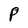
Character: P